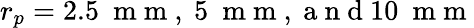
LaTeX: r_{p}=2.5~\mathrm{~m~m~,~}5~\mathrm{~m~m~,~a~n~d~}10~\mathrm{~m~m~}